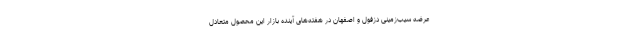
عرضه سیب‌زمینی دزفول و اصفهان در هفته‌های آینده بازار این محصول متعادل